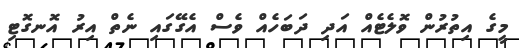
މީގެ އިތުރުން ވޮލެޓެއް އަދި ދަބަހެއް ވެސް އެގޭގައި ނެތް އިރު އޮނގޮޓި